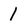
Character: 1